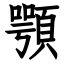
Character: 顎